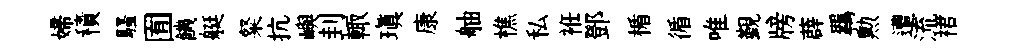
婦積騷囿饑艇粲抗嶼刲輙瑱康舳樵私袵鄧楯循唯覲牓薜羈勲遭流裙